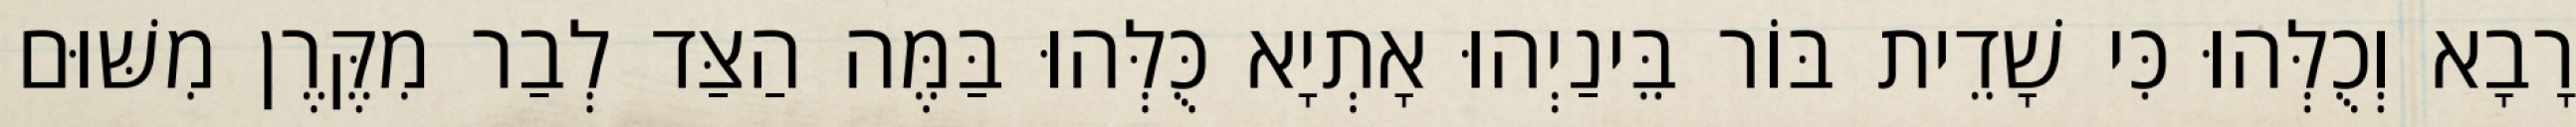
רָבָא וְכֻלְּהוּ כִּי שָׁדֵית בּוֹר בֵּינַיְהוּ אָתְיָא כֻּלְּהוּ בַּמֶּה הַצַּד לְבַר מִקֶּרֶן מִשּׁוּם